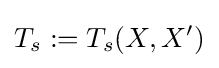
T_{s}:=T_{s}(X,X')